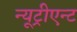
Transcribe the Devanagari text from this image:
न्यूट्रीएन्ट